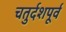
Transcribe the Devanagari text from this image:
चतुर्दशपूर्व